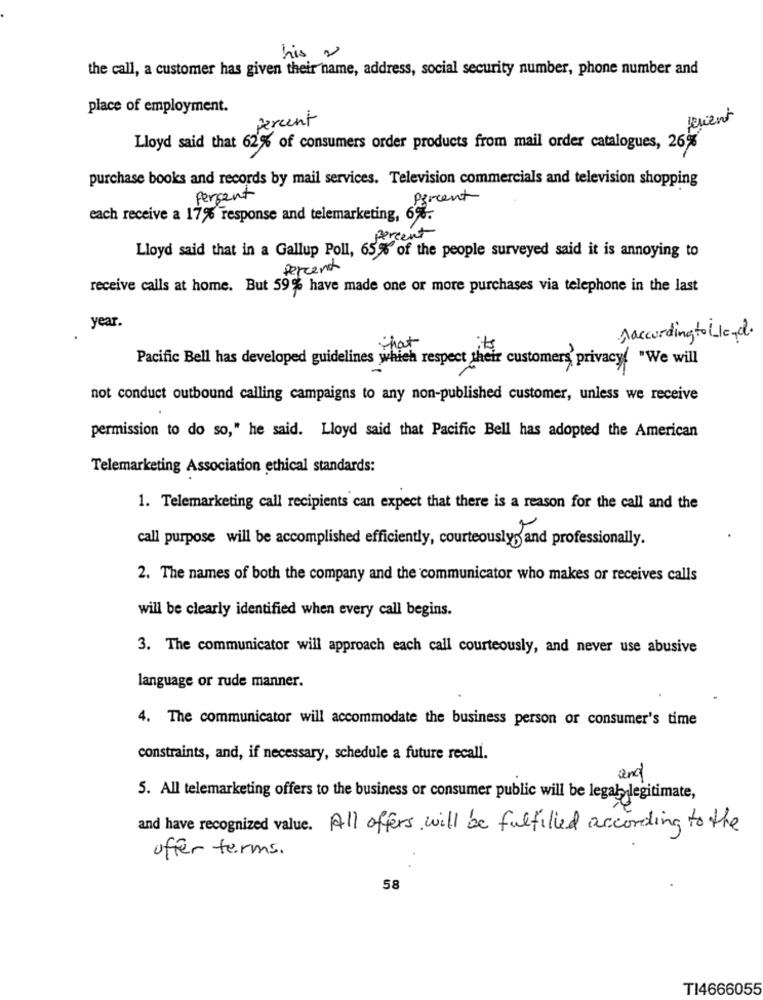
his 2
the call, a customer has given their name, address, social security number, phone number and
place of employment.
percent
perient
Lloyd said that 62% of consumers order products from mail order catalogues, 26%
purchase books and records by mail services. Television commercials and television shopping
Persent
Percent
each receive a 17% response and telemarketing, 6%.
Percent
Lloyd said that in a Gallup Poll, 65% of the people surveyed said it is annoying to
Percent
receive calls at home. But 59% have made one or more purchases via telephone in the last
year.
Aaccording to Lloyd.
Pacific Bell has developed guidelines which respect their customers' privacy( "We will
not conduct outbound calling campaigns to any non-published customer, unless we receive
permission to do so," he said. Lloyd said that Pacific Bell has adopted the American
Telemarketing Association ethical standards:
1. Telemarketing call recipients can expect that there is a reason for the call and the
call purpose will be accomplished efficiently, courteously5 and professionally.
2. The names of both the company and the communicator who makes or receives calls
will be clearly identified when every call begins.
3. The communicator will approach each call courteously, and never use abusive
language or rude manner.
4. The communicator will accommodate the business person or consumer's time
constraints, and, if necessary, schedule a future recall.
and
5. All telemarketing offers to the business or consumer public will be legal legitimate,
and have recognized value. All offers will be fulfilled according to the
offer terms.
58
TI4666055